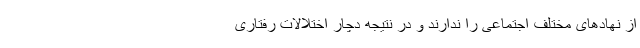
از نهادهای مختلف اجتماعی را ندارند و در نتیجه دچار اختلالات رفتاری